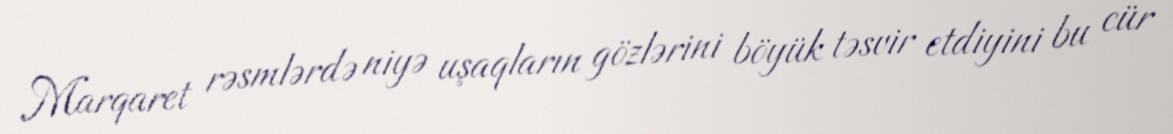
Marqaret rəsmlərdə niyə uşaqların gözlərini böyük təsvir etdiyini bu cür